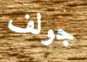
جولف